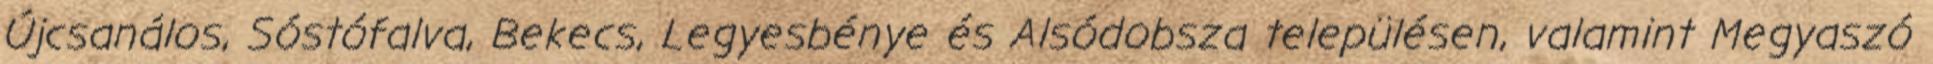
Újcsanálos, Sóstófalva, Bekecs, Legyesbénye és Alsódobsza településen, valamint Megyaszó